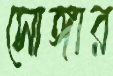
সোঙ্গার